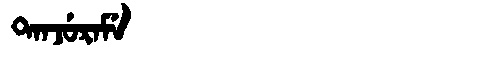
Manchu: ᡨᠠᠨᠵᡠᡵᠠᠮᡝ
Romanization: TANJURAME